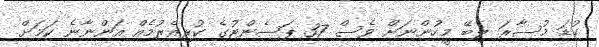
ކުޑަ މުސާރަ ލިބޭ މީހުންނަށް ވެސް 37 ޕަސެންޓުގެ ކުރިއެރުމެއް އަންނާނެ ކަމަށް